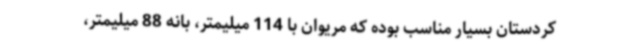
کردستان بسیار مناسب بوده که مریوان با 114 میلیمتر، بانه 88 میلیمتر،